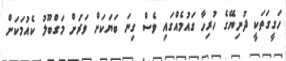
ހަގީގަތަކީ ދުނިޔޭގެ ހުރިހާ ގައުމެއްގައި ވެސް ގިނަ ބަޔަކަށް ވަރަށް މަގްބޫލު ކެއުމަކަށް